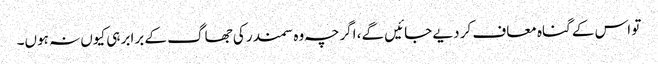
تو اس کے گناہ معاف کر دیے جائیں گے، اگرچہ وہ سمندر کی جھاگ کے برابر ہی کیوں نہ ہوں۔